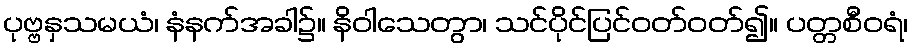
ပုဗ္ဗနှသမယံ၊ နံနက်အခါ၌။ နိဝါသေတွာ၊ သင်ပိုင်ပြင်ဝတ်ဝတ်၍။ ပတ္တစီဝရံ၊